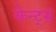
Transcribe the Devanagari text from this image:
केन्ट्स